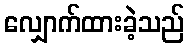
လျှောက်ထားခဲ့သည်